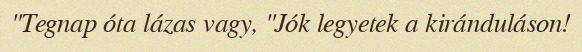
"Tegnap óta lázas vagy, "Jók legyetek a kiránduláson!